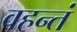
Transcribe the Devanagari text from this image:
वहन्तं